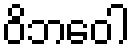
ဝိဘဝေါ